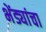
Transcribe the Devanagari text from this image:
भेंड्यांचा